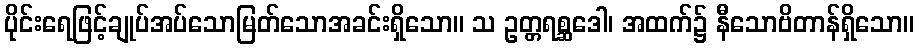
ပိုင်းရေဖြင့်ချုပ်အပ်သောမြတ်သောအခင်းရှိသော။ သ ဥတ္တရစ္ဆဒေါ၊ အထက်၌ နီသောဗိတာန်ရှိသော။